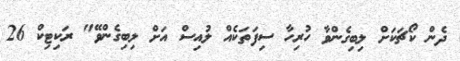
ދެން ކޯޗަކަށް ލިބިގެންވާ ހުރިހާ ސިފަތަކެއް ލުއިސް އަށް ލިބިގެންވޭ" ރަކިޓިކް 26